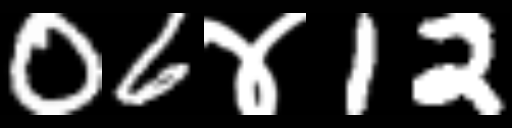
Text: 06४12